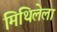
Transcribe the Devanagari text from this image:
मिथिलेला